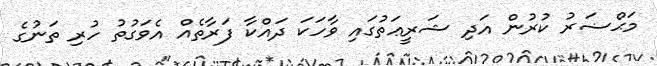
މަޙްޟަރު ކުރުން އަދި ޝަރީޢަތުގައި ވާހަކަ ދައްކާ ފަރާތެއް އެވަގުތު ހުރި ތަނުގެ